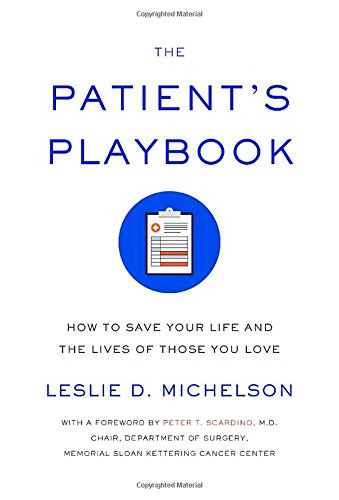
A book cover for The Patient's Playbook: How to Save Your Life and the Lives of Those You Love; Leslie D. Michelson; Medical Books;